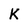
Character: K